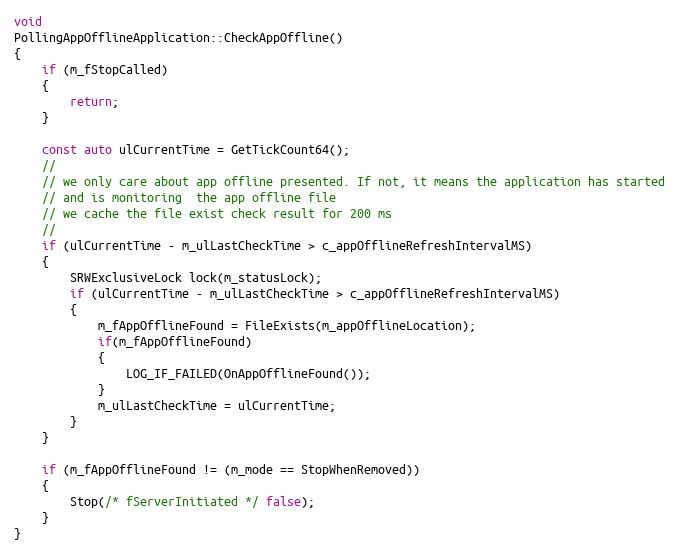
Language: C++
void
PollingAppOfflineApplication::CheckAppOffline()
{
    if (m_fStopCalled)
    {
        return;
    }

    const auto ulCurrentTime = GetTickCount64();
    //
    // we only care about app offline presented. If not, it means the application has started
    // and is monitoring  the app offline file
    // we cache the file exist check result for 200 ms
    //
    if (ulCurrentTime - m_ulLastCheckTime > c_appOfflineRefreshIntervalMS)
    {
        SRWExclusiveLock lock(m_statusLock);
        if (ulCurrentTime - m_ulLastCheckTime > c_appOfflineRefreshIntervalMS)
        {
            m_fAppOfflineFound = FileExists(m_appOfflineLocation);
            if(m_fAppOfflineFound)
            {
                LOG_IF_FAILED(OnAppOfflineFound());
            }
            m_ulLastCheckTime = ulCurrentTime;
        }
    }

    if (m_fAppOfflineFound != (m_mode == StopWhenRemoved))
    {
        Stop(/* fServerInitiated */ false);
    }
}